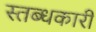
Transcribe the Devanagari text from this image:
स्‍तब्‍धकारी